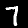
Digit: 7